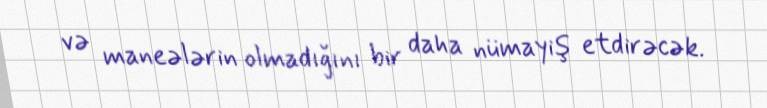
və maneələrin olmadığını bir daha nümayiş etdirəcək.